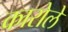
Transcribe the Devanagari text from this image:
कारोले